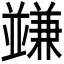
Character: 𠁟